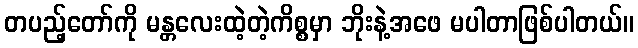
တပည့်တော်ကို မန္တလေးထဲ့တဲ့ကိစ္စမှာ ဘိုးနဲ့အဖေ မပါတာဖြစ်ပါတယ်။